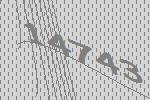
14743